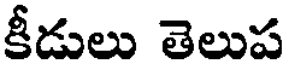
కీడులు తెలుప